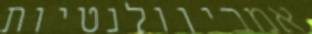
אמביוולנטיות